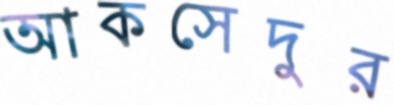
আকসেদুর